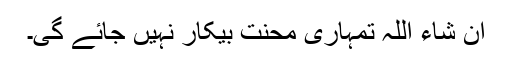
ان شاء اللہ تمہاری محنت بیکار نہیں جائے گی۔